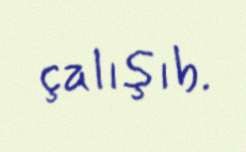
çalışıb.